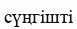
сүңгішті